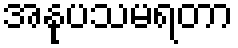
အနုပသမရတာ